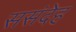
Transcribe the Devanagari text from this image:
ससंदेह